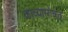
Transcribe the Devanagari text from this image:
काव्यासोबत